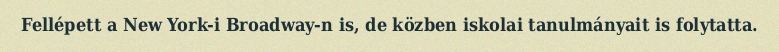
Fellépett a New York-i Broadway-n is, de közben iskolai tanulmányait is folytatta.